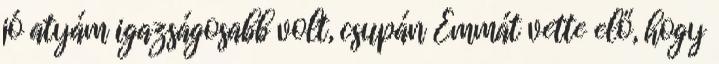
jó atyám igazságosabb volt, csupán Emmát vette elő, hogy